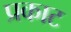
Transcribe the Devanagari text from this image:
प्रकाट